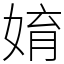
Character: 㛩